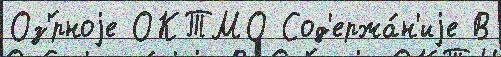
Оз'́рноjе ОКТМО Сод'ержа́н'иjе В